Report on vaccination in the Province of Bengal - 1869-1873
Year: 1869
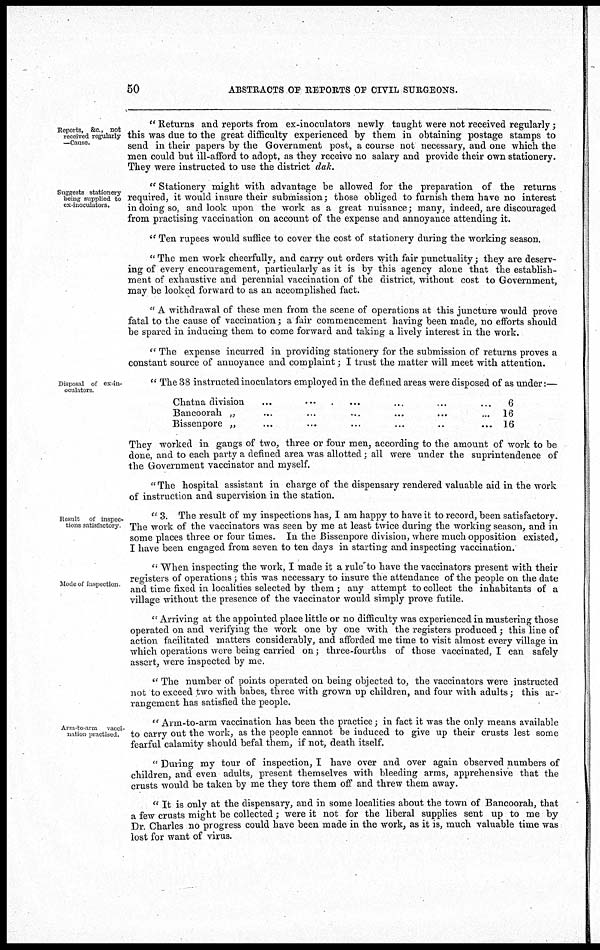
50
ABSTRACTS OF REPORTS OF CIVIL SURGEONS.
Reports, &c., not
received regularly
—Cause.
" Returns and reports from ex-inoculators newly taught were not received regularly;
this was due to the great difficulty experienced by them in obtaining postage stamps to
send in their papers by the Government post, a course not necessary, and one which the
men could but ill-afford to adopt, as they receive no salary and provide their own stationery.
They were instructed to use the district dak.
Suggests stationery
being supplied to
ex-inoculators.
" Stationery might with advantage be allowed for the preparation of the returns
required, it would insure their submission; those obliged to furnish them have no interest
in doing so, and look upon the work as a great nuisance; many, indeed, are discouraged
from practising vaccination on account of the expense and annoyance attending it.
" Ten rupees would suffice to cover the cost of stationery during the working season.
" The men work cheerfully, and carry out orders with fair punctuality; they are deserv-
ing of every encouragement, particularly as it is by this agency alone that the establish-
ment of exhaustive and perennial vaccination of the district, without cost to Government,
may be looked forward to as an accomplished fact.
" A withdrawal of these men from the scene of operations at this juncture would prove
fatal to the cause of vaccination; a fair commencement having been made, no efforts should
be spared in inducing them to come forward and taking a lively interest in the work.
" The expense incurred in providing stationery for the submission of returns proves a
constant source of annoyance and complaint; I trust the matter will meet with attention.
Disposal of ex-in-
oculators.
" The 38 instructed inoculators employed in the defined areas were disposed of as under:—
Chatna division ... ... ... ...
Bancoorah „ ... ... ... ....
Bissenpore „ ... ... ... ...
6
16
16
They worked in gangs of two, three or four men, according to the amount of work to be
done, and to each party a defined area was allotted; all were under the suprintendence of
the Government vaccinator and myself.
" The hospital assistant in charge of the dispensary rendered valuable aid in the work
of instruction and supervision in the station.
Result of inspec-
tions satisfactory
" 3. The result of my inspections has, I am happy to have it to record, been satisfactory.
The work of the vaccinators was seen by me at least twice during the working season, and in
some places three or four times. In the Bissenpore division, where much opposition existed,
I have been engaged from seven to ten days in starting and inspecting vaccination.
Mode of inspection
" When inspecting the work, I made it a rule to have the vaccinators present with their
registers of operations; this was necessary to insure the attendance of the people on the date
and time fixed in localities selected by them ; any attempt to collect the inhabitants of a
village without the presence of the vaccinator would simply prove futile.
" Arriving at the appointed place little or no difficulty was experienced in mustering those
operated on and verifying the work one by one with the registers produced; this line of
action facilitated matters considerably, and afforded me time to visit almost every village in
which operations were being carried on; three-fourths of those vaccinated, I can safely
assert, were inspected by me.
'' The number of points operated on being objected to, the vaccinators were instructed
not to exceed two with babes, three with grown up children, and four with adults; this ar-
rangement has satisfied the people.
Arm-to-arm vacci-
nation practised.
" Arm-to-arm vaccination has been the practice; in fact it was the only means available
to carry out the work, as the people cannot be induced to give up their crusts lest some
fearful calamity should befal them, if not, death itself.
" During my tour of inspection, I have over and over again observed numbers of
children, and even adults, present themselves with bleeding arms, apprehensive that the
crusts would be taken by me they tore them off and threw them away.
" It is only at the dispensary, and in some localities about the town of Bancoorah, that
a few crusts might be collected; were it not for the liberal supplies sent up to me by
Dr. Charles no progress could have been made in the work, as it is, much valuable time was
lost for want of virus.